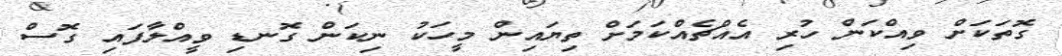
ގޮތަކަށް ވިއްކަން ހުރި އެއްޗެއްކަމަށް ތިޔައިން މީހަކު ނިކަން ގޮނޑި ވީއްލާފައި ގޮސް